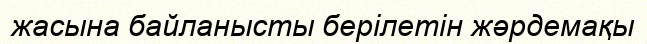
жасына байланысты берілетін жәрдемақы